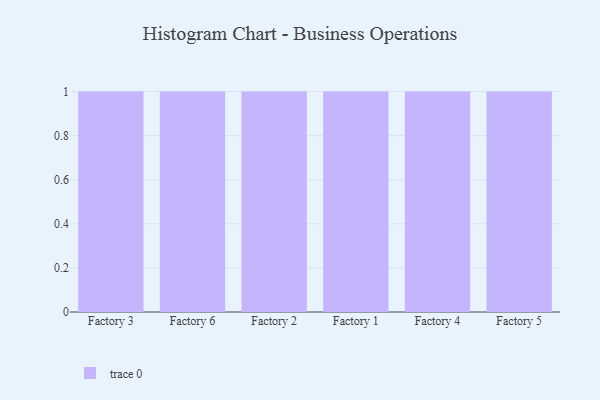
{"axis": {"x": "Factory", "y": "Backlog"}, "legend": [""], "data": [{"x": "Factory 3", "y": 16, "type": ""}, {"x": "Factory 6", "y": 6, "type": ""}, {"x": "Factory 2", "y": 14, "type": ""}, {"x": "Factory 1", "y": 38, "type": ""}, {"x": "Factory 4", "y": 5, "type": ""}, {"x": "Factory 5", "y": 57, "type": ""}]}